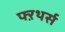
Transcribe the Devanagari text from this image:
फ्ऱथर्स